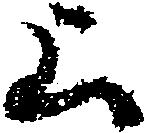
上